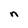
Character: n